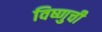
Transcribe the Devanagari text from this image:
विष्णुची